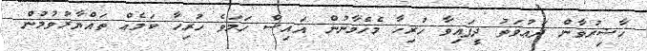
ހާޟިރުވާން ދަޢުވަތު ދީފައިވާ ހުރިހާ މެހެމާނުން އައިސް ހަމަވެ ހުރިހާ ކަމެއް ތައްޔާރުވުމުން